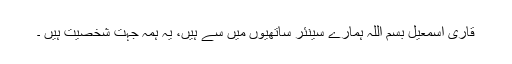
قاری اسمعیل بسم اللہ ہمارے سینئر ساتھیوں میں سے ہیں، یہ ہمہ جہت شخصیت ہیں ۔